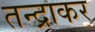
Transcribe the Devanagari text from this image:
तन्द्राकर